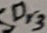
Text: Dr3